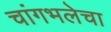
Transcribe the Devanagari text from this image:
चांगभलेचा